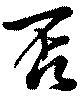
否